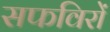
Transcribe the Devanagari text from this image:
सफविरों